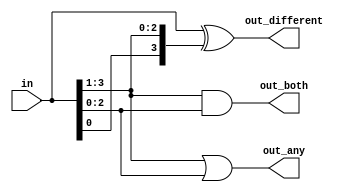
module top_module( 
    input [3:0] in,
    output [2:0] out_both,
    output [3:1] out_any,
    output [3:0] out_different );
//    genvar i;    
//    generate
//        for(i = 0; i < 3; i = i + 1) begin: gen
//            assign out_both[i] = in[i] & in[i+1];
//            assign out_any[i+1] = in[i] | in[i+1];
//            assign out_different[i] = (in[i] ^ in[i+1]);
//        end
//    endgenerate 
//    assign out_different[3] = (in[0] ^ in[3]);
    assign out_both = in[3:1] & in[2:0];
    assign out_any = in[3:1] | in[2:0];
    assign out_different = in ^ {in[0], in[3:1]};

endmodule